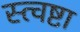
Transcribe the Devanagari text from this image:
स्त्वष्टा